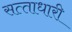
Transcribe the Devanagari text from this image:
सत्‍ताधारी